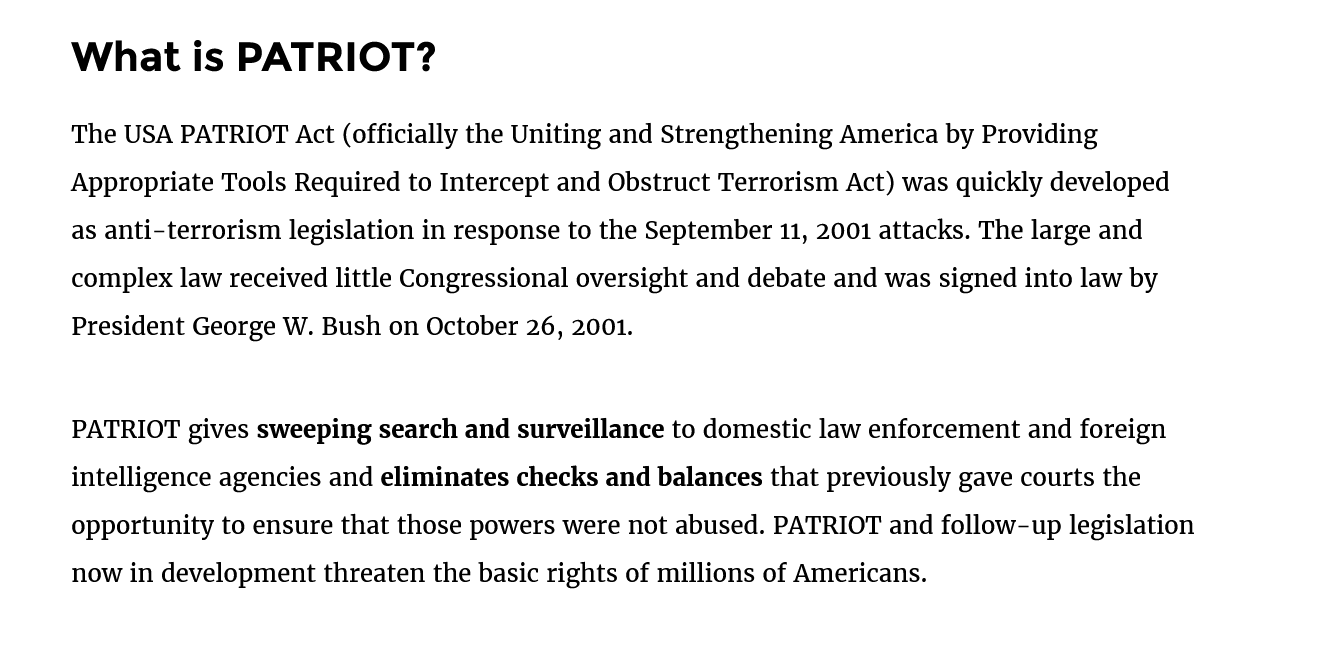
What   is   PATRIOT?
     The USA PATRIOT Act (officially the Uniting and Strengthening America by Providing
     Appropriate Tools Required to Intercept and Obstruct Terrorism Act) was quickly developed
     as anti-terrorism legislation in response to the September 11, 2001 attacks. The large and
     complex law received little Congressional oversight and debate and was signed into law by
     President George W. Bush on October 26, 2001.
     PATRIOT gives sweeping search and surveillance to domestic law enforcement and foreign
     intelligence agencies and eliminates checks and balances that previously gave courts the
     opportunity to ensure that those powers were not abused. PATRIOT and follow-up legislation
     now in development threaten the basic rights of millions of Americans.